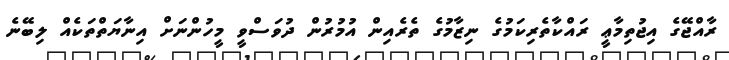
ރާއްޖޭގެ އިޖުތިމާޢީ ރައްކާތެރިކަމުގެ ނިޒާމުގެ ތެރެއިން އުމުރުން ދުވަސްވީ މީހުންނަށް އިނާޔަތްތަކެއް ލިބޭނެ